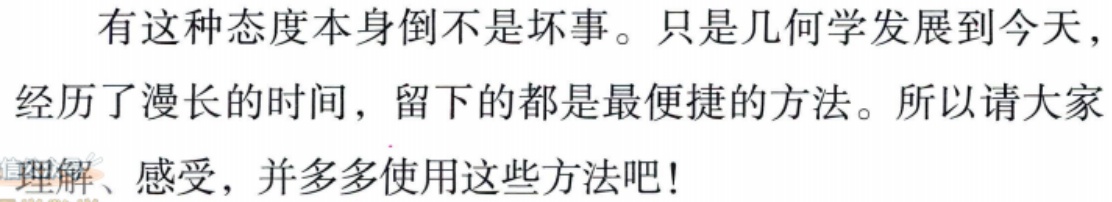
有这种态度本身倒不是坏事。只是几何学发展到今天，经历了漫长的时间，留下的都是最便捷的方法。所以请大家理解、感受，并多多使用这些方法吧！